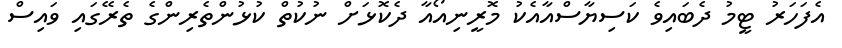
އެފަހަރު ޓީމު ދެބައިވެ ކަސިޔާސްއާއެކު މޮރީނިއޯއާ ދެކޮޅަށް ނުކުތް ކުޅުންތެރިންގެ ތެރޭގައި ވައިސް